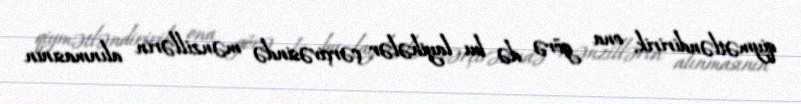
qiymətləndiririk, ona görə də bu layihələr çərçivəsində mənzillərin alınmasının